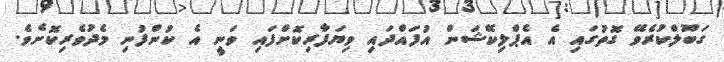
ގަބޫލްކުރެވޭ ގޮތުގައި އެ އެޕްލިކޭޝަން އުފައްދައި ވިޔަފާރިކޮށްފައި ވަނީ އެ ކުންފުނި މެދުވެރިކޮށެވެ.